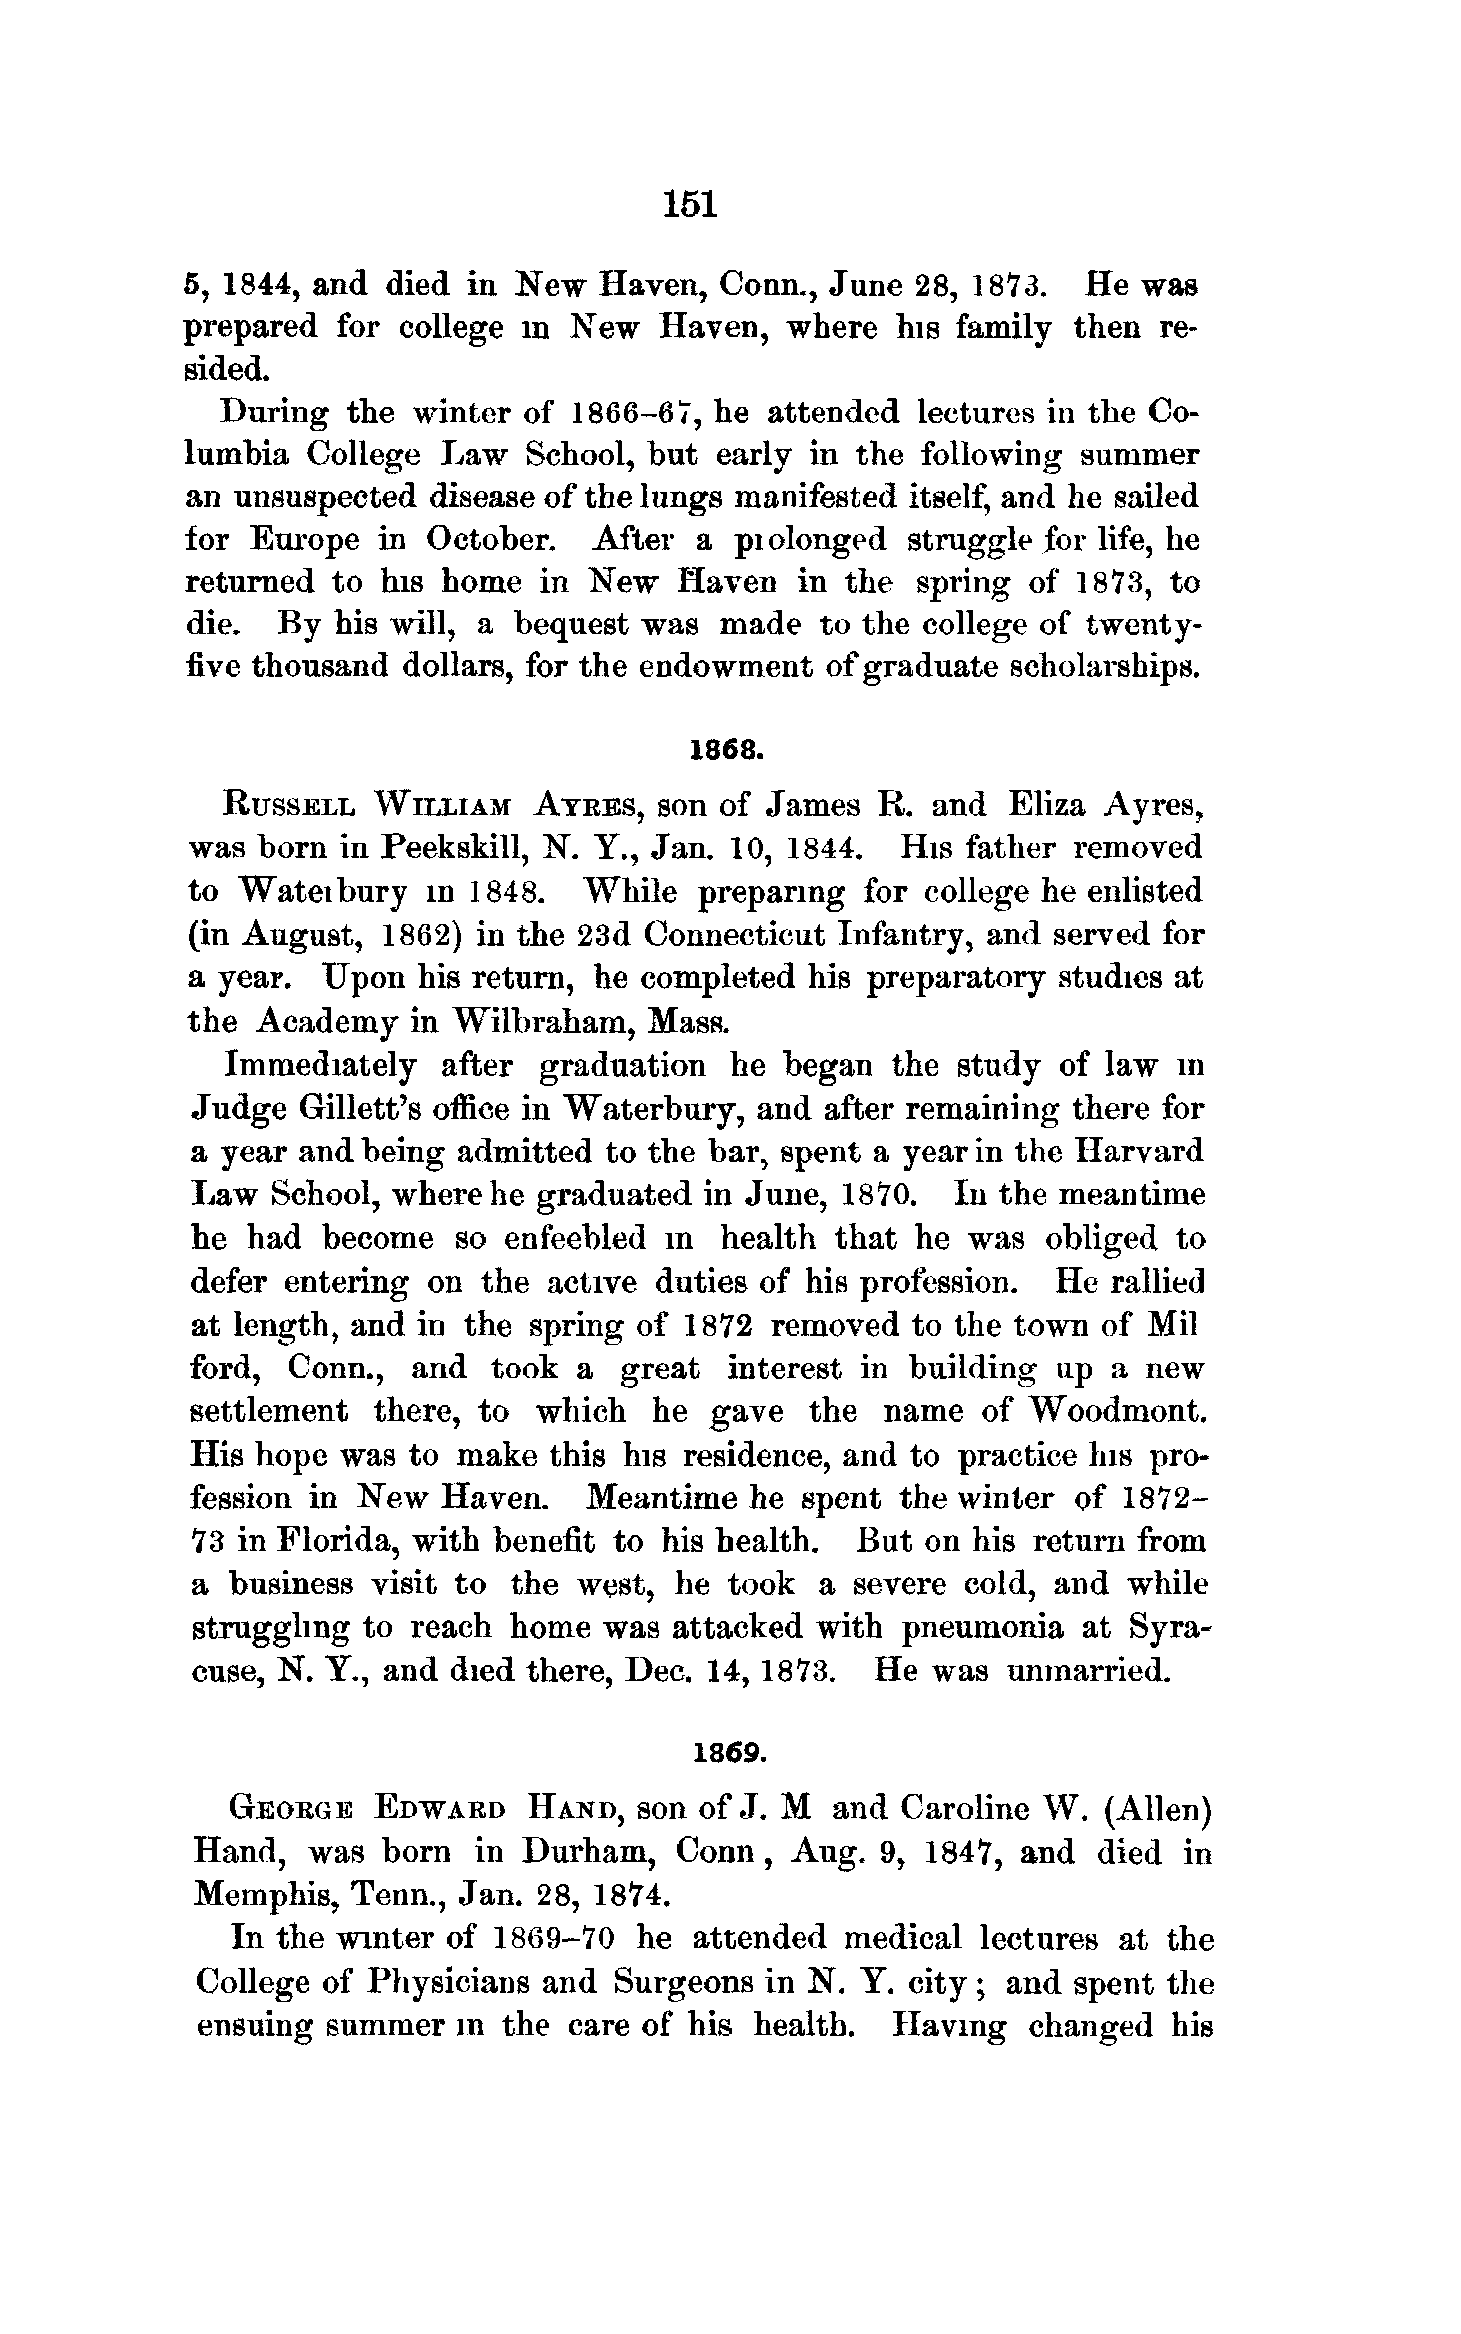
151
 5, 1844, and  died in New   Haven,  Conn., June 28, 1873.   He was
 prepared  for college  in New   Haven,  where  his family  then  re-
 sided.
 During  the winter  of 1866-67, he  attended  lectures in the Co-
 lumbia  College  Law   School, but early  in the following  summer
 an unsuspected  disease of the lungs manifested itself, and he sailed
 for  Europe  in October.   After  a  piolonged  struggle for life, he
 returned  to his home   in New   Haven   in the  spring of 1873,  to
 die.  By  his will, a bequest was   made  to the college of twenty-
 five thousand  dollars, for the endowment  of graduate scholarships.
 1868.
 RUSSELL   WILLIAM   ATEES,  son of  James  R.  and  Eliza Ayres,
 was  born in Peekskill, N. Y., Jan. 10, 1844.  His  father removed
 to  Wateibury   in 1848.   While  preparing  for college he enlisted
 (in August,  1862)  in the 23d Connecticut  Infantry, and served for
 a  year. Upon   his return, he completed  his preparatory studies at
 the  Academy   in Wilbraham,   Mass.
 Immediately   after  graduation  he  began  the study  of law  in
 Judge  Gillett's office in Waterbury, and after remaining there for
 a year and being admitted  to the bar, spent a year in the Harvard
 Law  School, where he  graduated  in June, 1870.  In the meantime
 he had  become   so  enfeebled in  health that  he was  obliged  to
 defer entering on  the active duties of his profession.  He  rallied
 at length, and in the spring of 1872  removed  to the town  of Mil
 ford, Conn.,  and   took a  great  interest in building  up  a new
 settlement  there, to which   he  gave  the  name   of Woodmont.
 His hope was  to make  this his residence, and to practice his pro-
 fession in New  Haven.    Meantime   he spent the winter  of 1872-
 73 in Florida, with benefit to his health.  But on his return from
 a business  visit to the west,  he took  a severe  cold, and  while
 struggling to reach  home  was  attacked with  pneumonia   at Syra-
 cuse, N. Y., and died there, Dec, 14,1873.   He  was  unmarried.
 1869.
 GEORGE    EDWARD    HAND,  son of J. M  and  Caroline W.  (Allen)
 Hand,  was  born  in  Durham,   Conn,  Aug.  9, 1847,  and  died in
 Memphis,  Tenn., Jan. 28, 1874.
 In the winter of  1869-70  he  attended  medical  lectures at the
 College of Physicians  and  Surgeons  in N. Y. city ; and spent the
 ensuing  summer  in the  care of his health.  Having   changed   his